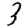
Digit: 3